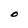
Character: O